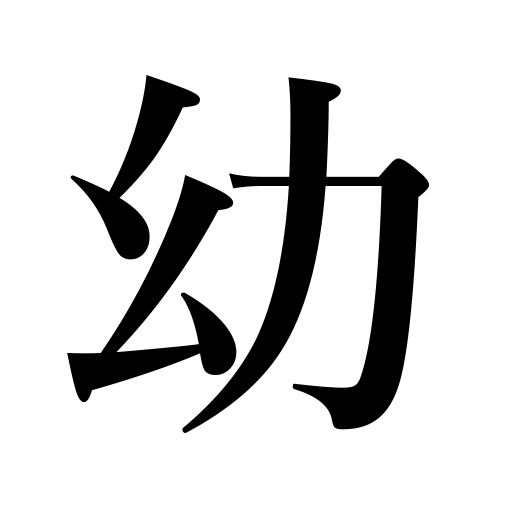
Meanings: infant,infancy,childhood,infants,children